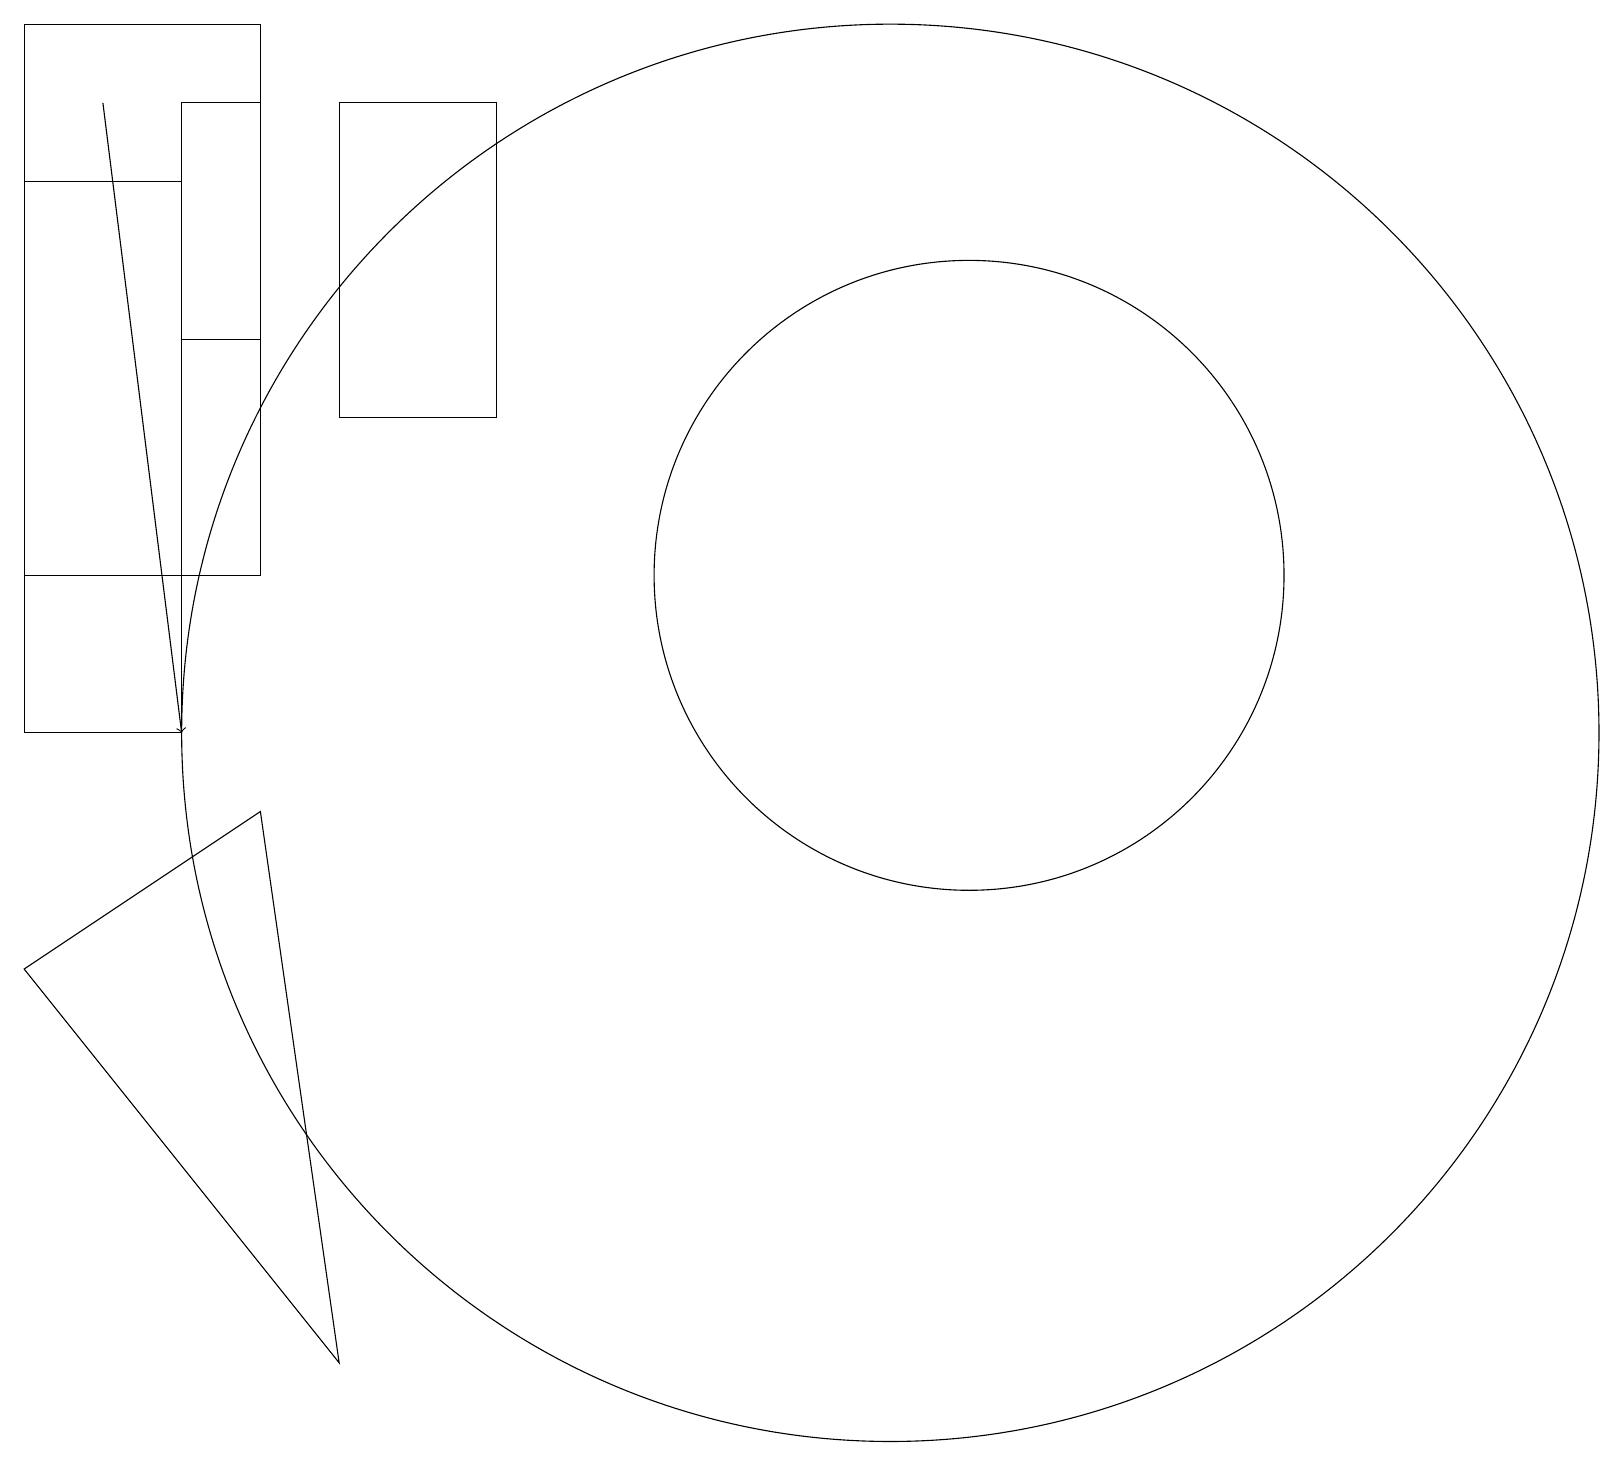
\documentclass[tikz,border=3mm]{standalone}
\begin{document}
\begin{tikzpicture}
\draw (3,9) -- (0,7) -- (4,2) -- cycle;
\draw (11,10) circle (9);
\draw (12,12) circle (4);
\draw (3,18) rectangle (2,15);
\draw (4,14) rectangle (6,18);
\draw[->] (1,18) -- (2,10);
\draw (0,10) rectangle (2,17);
\draw (0,19) rectangle (3,12);
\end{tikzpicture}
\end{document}